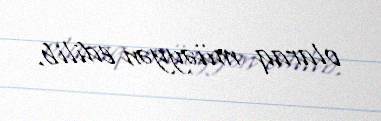
olaraq müəyyən edilib.